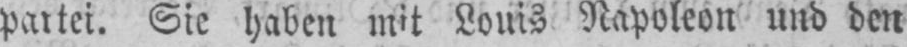
partei. Sie haben mit Louis Napoleon und den